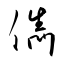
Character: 儁